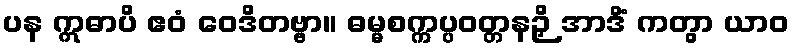
ပန ဣဓာပိ ဧဝံ ဝေဒိတဗ္ဗာ။ ဓမ္မစက္ကပ္ပဝတ္တနဉှိ အာဒိံ ကတွာ ယာဝ